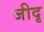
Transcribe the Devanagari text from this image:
जीदृ